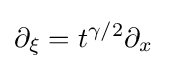
\partial _{\xi }=t^{\gamma /2}\partial _{x}\quad